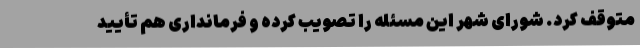
متوقف کرد. شورای شهر این مسئله را تصویب کرده و فرمانداری هم تأیید